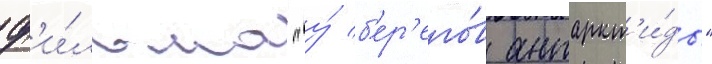
ф'и́льма "у́ б'ер'его́в антаркт'и́ды"